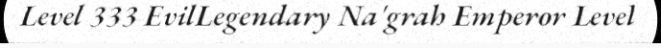
Level 333 EvilLegendary Na'grah Emperor Level